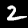
Label: 2